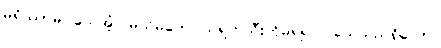
မရိဿာမိ၊ သေအံ့။ မယိမတေ၊ သရက်သီးကိုမရ၍ ငါသေသည်ရှိသော်။